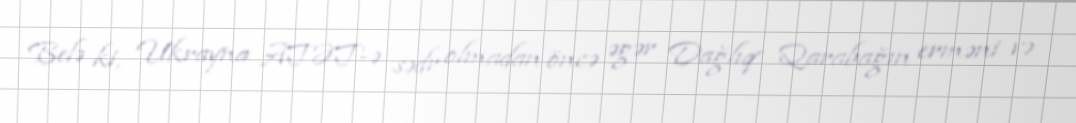
Belə ki, Ukrayna ATƏT-ə sədr olmadan öncə əgər Dağlıq Qarabağın erməni və